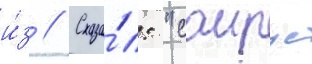
и́з // Сказа́л: "саирус